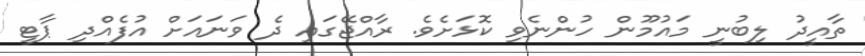
ތާއީދު ލިބުނީ މައުމޫން ހުންނެވި ކޮޅަށެވެ. ރާއްޖޭގައި ދެ ވަނައަށް އުފެއްދި ޕާޓީ